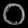
Digit: ၀